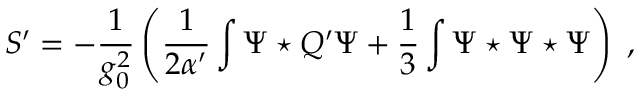
S ^ { \prime } = - \frac { 1 } { g _ { 0 } ^ { 2 } } \left( \frac { 1 } { 2 \alpha ^ { \prime } } \int \Psi \star Q ^ { \prime } \Psi + \frac { 1 } { 3 } \int \Psi \star \Psi \star \Psi \right) \ ,